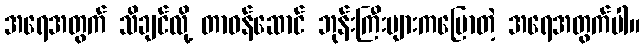
အရေအတွက် သိချင်လို့ တာဝန်ဆောင် ဘုန်းကြီးများကပြောတဲ့ အရေအတွက်ပါ။